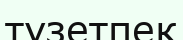
түзетпек